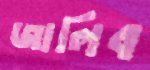
জালিব